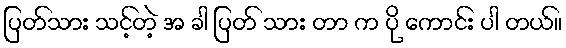
ပြတ်သား သင့်တဲ့ အ ခါ ပြတ် သား တာ က ပို ကောင်း ပါ တယ်။